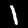
Digit: 1